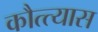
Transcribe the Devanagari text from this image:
कौत्त्यास